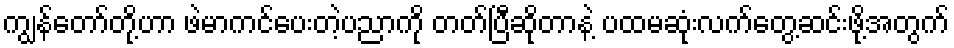
ကျွန်တော်တို့ဟာ ဖဲမာကင်ပေးတဲ့ပညာကို တတ်ပြီဆိုတာနဲ့ ပထမဆုံးလက်တွေ့ဆင်းဖို့အတွက်